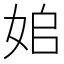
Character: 𡜥